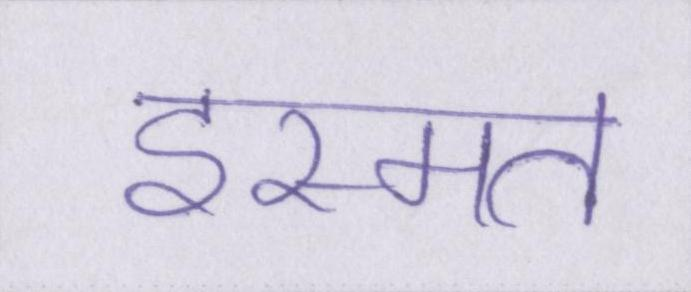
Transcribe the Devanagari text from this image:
इस्मत